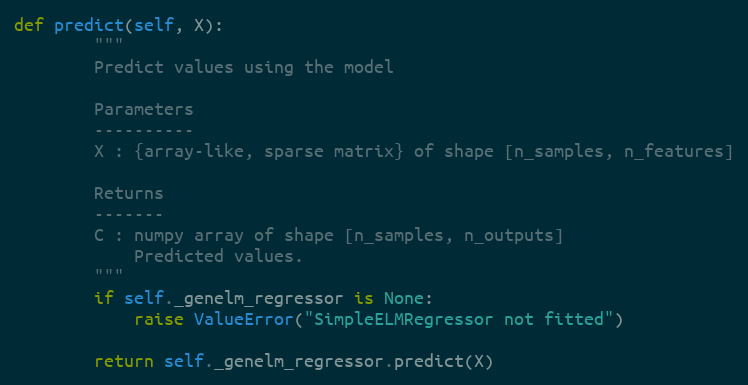
Language: Python
def predict(self, X):
        """
        Predict values using the model

        Parameters
        ----------
        X : {array-like, sparse matrix} of shape [n_samples, n_features]

        Returns
        -------
        C : numpy array of shape [n_samples, n_outputs]
            Predicted values.
        """
        if self._genelm_regressor is None:
            raise ValueError("SimpleELMRegressor not fitted")

        return self._genelm_regressor.predict(X)